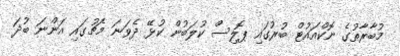
މުބާރާތުގެ ނޮކްއައުޓް ބުރުގައި ޕޮލިސް ކުލަބުން ކުޅޭ ދެވަނަ މެޗުގައި އަންނަ ބުދަ